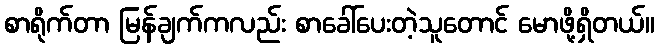
စာရိုက်တာ မြန်ချက်ကလည်း စာခေါ်ပေးတဲ့သူတောင် မောဖို့ရှိတယ်။